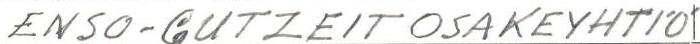
ENSO-GUTZEIT OSAKEYHTIÖ